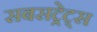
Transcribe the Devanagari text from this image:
सबसट्रेट्स